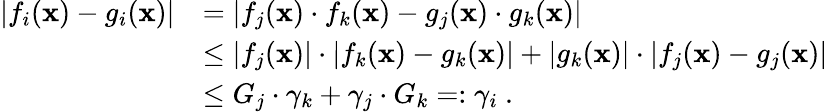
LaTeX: \begin{array}{rl}{|f_{i}(\mathbf x)-g_{i}(\mathbf x)|}&{=|f_{j}(\mathbf x)\cdot f_{k}(\mathbf x)-g_{j}(\mathbf x)\cdot g_{k}(\mathbf x)|}\\ &{\le|f_{j}(\mathbf x)|\cdot|f_{k}(\mathbf x)-g_{k}(\mathbf x)|+|g_{k}(\mathbf x)|\cdot|f_{j}(\mathbf x)-g_{j}(\mathbf x)|}\\ &{\le G_{j}\cdot\gamma_{k}+\gamma_{j}\cdot G_{k}=:\gamma_{i}~.}\end{array}